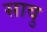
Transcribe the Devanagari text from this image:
सावु